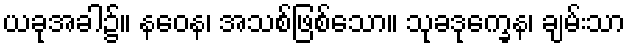
ယခုအခါ၌။ နဝေန၊ အသစ်ဖြစ်သော။ သုခဒုက္ခေန၊ ချမ်းသာ